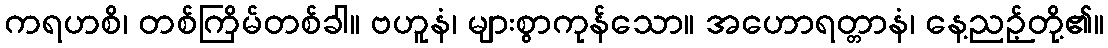
ကရဟစိ၊ တစ်ကြိမ်တစ်ခါ။ ဗဟူနံ၊ များစွာကုန်သော။ အဟောရတ္တာနံ၊ နေ့ညဉ့်တို့၏။